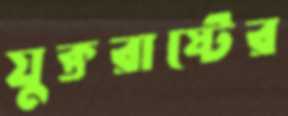
যুক্তরাষ্টের